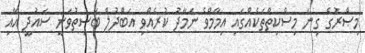
މިޞްރުގެ ގިނަ މިސްކިތްތަކެއްގައި އިމާމްވެ ނަމާދު ކުރެއްވި އަބްދުލް ބާސިތުވަނީ ސައުދީ އާއި